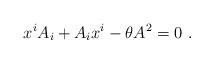
LaTeX: \begin{align*}x^i A_i + A_i x^i -\theta A^2=0~.\end{align*}